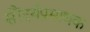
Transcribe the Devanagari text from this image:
सौंदर्यप्रसाधक